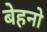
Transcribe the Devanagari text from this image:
बेहनो